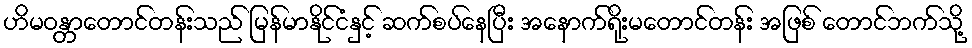
ဟိမဝန္တာတောင်တန်းသည် မြန်မာနိုင်ငံနှင့် ဆက်စပ်နေပြီး အနောက်ရိုးမတောင်တန်း အဖြစ် တောင်ဘက်သို့